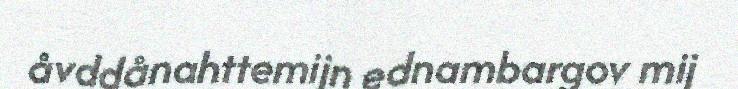
åvddånahttemijn ednambargov mij